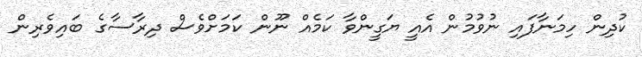
ކުދިން ހިމަނާފައި ނުވުމުން އެއީ ޔަގީންވާ ކަމެއް ނޫން ކަމަށްވެސް ދިރާސާގެ ބައިވެރިން